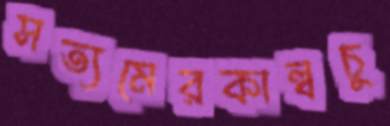
সত্যমেরকাল্বচু